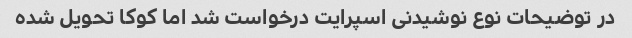
در توضیحات نوع نوشیدنی اسپرایت درخواست شد اما کوکا تحویل شده